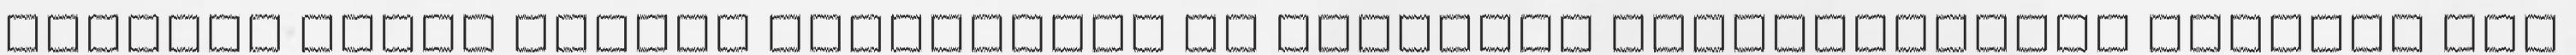
átállás egyik fontos lépcsőfoka és hatalmas lehetőségeket nyithat meg